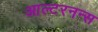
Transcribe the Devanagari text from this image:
आल्टरनन्स